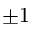
\pm 1